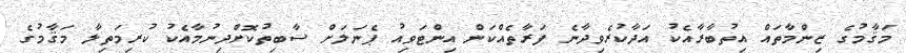
މަޤާމުގެ ޒިންމާތައް އިތުބާރާއެކު އަދާކުރެވިދާނެ ފަރާތެއްކަން އިންޓަވިއު ޕެނަލަށް ސާބިތުކޮށްދިނުމާއެކު ކުރިމަތިލާ މަޤާމުގެ